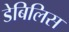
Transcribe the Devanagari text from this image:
डेबिलिस